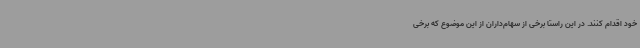
خود اقدام کنند. در این راستا برخی از سهام‌داران از این موضوع که برخی